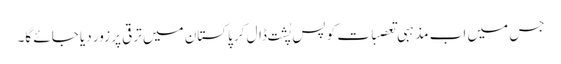
جس میں اب مذہبی تعصبات کو پسِ پُشت ڈال کر پاکستان میں ترقی پر زور دیا جائے گا۔